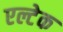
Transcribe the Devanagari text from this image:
एल्टेक